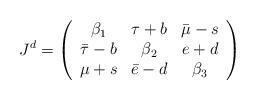
LaTeX: \begin{align*} J^d=\left ( \begin{array}{ccc} \beta_1 & \tau+b & \bar\mu-s\\ \bar\tau-b & \beta_2 & e+d\\ \mu+s & \bar e-d & \beta_3 \end{array} \right) \end{align*}